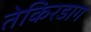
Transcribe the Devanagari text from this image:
तेकिरडाग